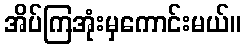
အိပ်ကြအုံးမှကောင်းမယ်။